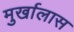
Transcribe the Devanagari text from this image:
मुर्खालास